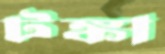
টঙ্কা